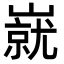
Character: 㠇